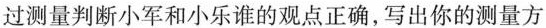
过测量判断小军和小乐谁的观点正确，写出你的测量方